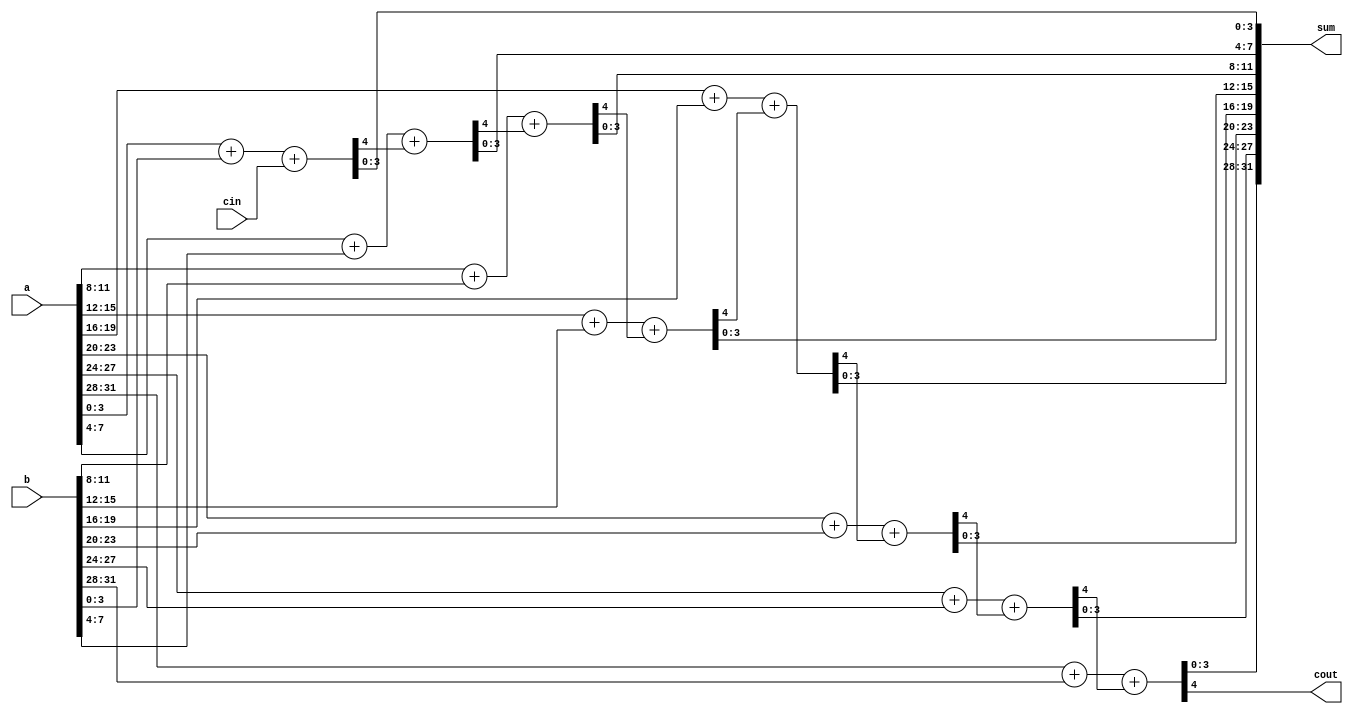
// This program was cloned from: https://github.com/HKUSTGZ-MICS-LYU/FlattenRTL
// License: MIT License

module adder_32bit (
        input [31:0] a,
        input [31:0] b,
        input cin,
        output [31:0] sum,
        output cout) ;
    wire carry ;

    wire [15:0] lower_half__a;
    wire [15:0] lower_half__b;
    wire  lower_half__cin;
    wire [15:0] lower_half__sum;
    wire  lower_half__cout;
    wire [15:0] upper_half__a;
    wire [15:0] upper_half__b;
    wire  upper_half__cin;
    wire [15:0] upper_half__sum;
    wire  upper_half__cout;

    wire  lower_half__carry  ;

    wire [7:0] lower_half__lower_half__a;
    wire [7:0] lower_half__lower_half__b;
    wire  lower_half__lower_half__cin;
    wire [7:0] lower_half__lower_half__sum;
    wire  lower_half__lower_half__cout;
    wire [7:0] lower_half__upper_half__a;
    wire [7:0] lower_half__upper_half__b;
    wire  lower_half__upper_half__cin;
    wire [7:0] lower_half__upper_half__sum;
    wire  lower_half__upper_half__cout;
    wire [7:0] upper_half__lower_half__a;
    wire [7:0] upper_half__lower_half__b;
    wire  upper_half__lower_half__cin;
    wire [7:0] upper_half__lower_half__sum;
    wire  upper_half__lower_half__cout;
    wire [7:0] upper_half__upper_half__a;
    wire [7:0] upper_half__upper_half__b;
    wire  upper_half__upper_half__cin;
    wire [7:0] upper_half__upper_half__sum;
    wire  upper_half__upper_half__cout;

    wire  lower_half__lower_half__carry  ;

    wire [3:0] lower_half__lower_half__lower_half__a;
    wire [3:0] lower_half__lower_half__lower_half__b;
    wire  lower_half__lower_half__lower_half__cin;
    wire [3:0] lower_half__lower_half__lower_half__sum;
    wire  lower_half__lower_half__lower_half__cout;
    wire [3:0] lower_half__lower_half__upper_half__a;
    wire [3:0] lower_half__lower_half__upper_half__b;
    wire  lower_half__lower_half__upper_half__cin;
    wire [3:0] lower_half__lower_half__upper_half__sum;
    wire  lower_half__lower_half__upper_half__cout;
    wire [3:0] lower_half__upper_half__lower_half__a;
    wire [3:0] lower_half__upper_half__lower_half__b;
    wire  lower_half__upper_half__lower_half__cin;
    wire [3:0] lower_half__upper_half__lower_half__sum;
    wire  lower_half__upper_half__lower_half__cout;
    wire [3:0] lower_half__upper_half__upper_half__a;
    wire [3:0] lower_half__upper_half__upper_half__b;
    wire  lower_half__upper_half__upper_half__cin;
    wire [3:0] lower_half__upper_half__upper_half__sum;
    wire  lower_half__upper_half__upper_half__cout;
    wire [3:0] upper_half__lower_half__lower_half__a;
    wire [3:0] upper_half__lower_half__lower_half__b;
    wire  upper_half__lower_half__lower_half__cin;
    wire [3:0] upper_half__lower_half__lower_half__sum;
    wire  upper_half__lower_half__lower_half__cout;
    wire [3:0] upper_half__lower_half__upper_half__a;
    wire [3:0] upper_half__lower_half__upper_half__b;
    wire  upper_half__lower_half__upper_half__cin;
    wire [3:0] upper_half__lower_half__upper_half__sum;
    wire  upper_half__lower_half__upper_half__cout;
    wire [3:0] upper_half__upper_half__lower_half__a;
    wire [3:0] upper_half__upper_half__lower_half__b;
    wire  upper_half__upper_half__lower_half__cin;
    wire [3:0] upper_half__upper_half__lower_half__sum;
    wire  upper_half__upper_half__lower_half__cout;
    wire [3:0] upper_half__upper_half__upper_half__a;
    wire [3:0] upper_half__upper_half__upper_half__b;
    wire  upper_half__upper_half__upper_half__cin;
    wire [3:0] upper_half__upper_half__upper_half__sum;
    wire  upper_half__upper_half__upper_half__cout;

    assign {  lower_half__lower_half__lower_half__cout  ,  lower_half__lower_half__lower_half__sum  }=  lower_half__lower_half__lower_half__a  +  lower_half__lower_half__lower_half__b  +  lower_half__lower_half__lower_half__cin  ;



    assign {  lower_half__lower_half__upper_half__cout  ,  lower_half__lower_half__upper_half__sum  }=  lower_half__lower_half__upper_half__a  +  lower_half__lower_half__upper_half__b  +  lower_half__lower_half__upper_half__cin  ;




    wire  lower_half__upper_half__carry  ;


    assign {  lower_half__upper_half__lower_half__cout  ,  lower_half__upper_half__lower_half__sum  }=  lower_half__upper_half__lower_half__a  +  lower_half__upper_half__lower_half__b  +  lower_half__upper_half__lower_half__cin  ;



    assign {  lower_half__upper_half__upper_half__cout  ,  lower_half__upper_half__upper_half__sum  }=  lower_half__upper_half__upper_half__a  +  lower_half__upper_half__upper_half__b  +  lower_half__upper_half__upper_half__cin  ;





    wire  upper_half__carry  ;


    wire  upper_half__lower_half__carry  ;


    assign {  upper_half__lower_half__lower_half__cout  ,  upper_half__lower_half__lower_half__sum  }=  upper_half__lower_half__lower_half__a  +  upper_half__lower_half__lower_half__b  +  upper_half__lower_half__lower_half__cin  ;



    assign {  upper_half__lower_half__upper_half__cout  ,  upper_half__lower_half__upper_half__sum  }=  upper_half__lower_half__upper_half__a  +  upper_half__lower_half__upper_half__b  +  upper_half__lower_half__upper_half__cin  ;




    wire  upper_half__upper_half__carry  ;


    assign {  upper_half__upper_half__lower_half__cout  ,  upper_half__upper_half__lower_half__sum  }=  upper_half__upper_half__lower_half__a  +  upper_half__upper_half__lower_half__b  +  upper_half__upper_half__lower_half__cin  ;



    assign {  upper_half__upper_half__upper_half__cout  ,  upper_half__upper_half__upper_half__sum  }=  upper_half__upper_half__upper_half__a  +  upper_half__upper_half__upper_half__b  +  upper_half__upper_half__upper_half__cin  ;
    assign lower_half__lower_half__lower_half__a = lower_half__lower_half__a[3:0];
    assign lower_half__lower_half__lower_half__b = lower_half__lower_half__b[3:0];
    assign lower_half__lower_half__lower_half__cin = lower_half__lower_half__cin;
    assign lower_half__lower_half__sum[3:0] = lower_half__lower_half__lower_half__sum;
    assign lower_half__lower_half__carry = lower_half__lower_half__lower_half__cout;
    assign lower_half__lower_half__upper_half__a = lower_half__lower_half__a[7:4];
    assign lower_half__lower_half__upper_half__b = lower_half__lower_half__b[7:4];
    assign lower_half__lower_half__upper_half__cin = lower_half__lower_half__carry;
    assign lower_half__lower_half__sum[7:4] = lower_half__lower_half__upper_half__sum;
    assign lower_half__lower_half__cout = lower_half__lower_half__upper_half__cout;
    assign lower_half__upper_half__lower_half__a = lower_half__upper_half__a[3:0];
    assign lower_half__upper_half__lower_half__b = lower_half__upper_half__b[3:0];
    assign lower_half__upper_half__lower_half__cin = lower_half__upper_half__cin;
    assign lower_half__upper_half__sum[3:0] = lower_half__upper_half__lower_half__sum;
    assign lower_half__upper_half__carry = lower_half__upper_half__lower_half__cout;
    assign lower_half__upper_half__upper_half__a = lower_half__upper_half__a[7:4];
    assign lower_half__upper_half__upper_half__b = lower_half__upper_half__b[7:4];
    assign lower_half__upper_half__upper_half__cin = lower_half__upper_half__carry;
    assign lower_half__upper_half__sum[7:4] = lower_half__upper_half__upper_half__sum;
    assign lower_half__upper_half__cout = lower_half__upper_half__upper_half__cout;
    assign upper_half__lower_half__lower_half__a = upper_half__lower_half__a[3:0];
    assign upper_half__lower_half__lower_half__b = upper_half__lower_half__b[3:0];
    assign upper_half__lower_half__lower_half__cin = upper_half__lower_half__cin;
    assign upper_half__lower_half__sum[3:0] = upper_half__lower_half__lower_half__sum;
    assign upper_half__lower_half__carry = upper_half__lower_half__lower_half__cout;
    assign upper_half__lower_half__upper_half__a = upper_half__lower_half__a[7:4];
    assign upper_half__lower_half__upper_half__b = upper_half__lower_half__b[7:4];
    assign upper_half__lower_half__upper_half__cin = upper_half__lower_half__carry;
    assign upper_half__lower_half__sum[7:4] = upper_half__lower_half__upper_half__sum;
    assign upper_half__lower_half__cout = upper_half__lower_half__upper_half__cout;
    assign upper_half__upper_half__lower_half__a = upper_half__upper_half__a[3:0];
    assign upper_half__upper_half__lower_half__b = upper_half__upper_half__b[3:0];
    assign upper_half__upper_half__lower_half__cin = upper_half__upper_half__cin;
    assign upper_half__upper_half__sum[3:0] = upper_half__upper_half__lower_half__sum;
    assign upper_half__upper_half__carry = upper_half__upper_half__lower_half__cout;
    assign upper_half__upper_half__upper_half__a = upper_half__upper_half__a[7:4];
    assign upper_half__upper_half__upper_half__b = upper_half__upper_half__b[7:4];
    assign upper_half__upper_half__upper_half__cin = upper_half__upper_half__carry;
    assign upper_half__upper_half__sum[7:4] = upper_half__upper_half__upper_half__sum;
    assign upper_half__upper_half__cout = upper_half__upper_half__upper_half__cout;

    assign lower_half__lower_half__a = lower_half__a[7:0];
    assign lower_half__lower_half__b = lower_half__b[7:0];
    assign lower_half__lower_half__cin = lower_half__cin;
    assign lower_half__sum[7:0] = lower_half__lower_half__sum;
    assign lower_half__carry = lower_half__lower_half__cout;
    assign lower_half__upper_half__a = lower_half__a[15:8];
    assign lower_half__upper_half__b = lower_half__b[15:8];
    assign lower_half__upper_half__cin = lower_half__carry;
    assign lower_half__sum[15:8] = lower_half__upper_half__sum;
    assign lower_half__cout = lower_half__upper_half__cout;
    assign upper_half__lower_half__a = upper_half__a[7:0];
    assign upper_half__lower_half__b = upper_half__b[7:0];
    assign upper_half__lower_half__cin = upper_half__cin;
    assign upper_half__sum[7:0] = upper_half__lower_half__sum;
    assign upper_half__carry = upper_half__lower_half__cout;
    assign upper_half__upper_half__a = upper_half__a[15:8];
    assign upper_half__upper_half__b = upper_half__b[15:8];
    assign upper_half__upper_half__cin = upper_half__carry;
    assign upper_half__sum[15:8] = upper_half__upper_half__sum;
    assign upper_half__cout = upper_half__upper_half__cout;

    assign lower_half__a = a[15:0];
    assign lower_half__b = b[15:0];
    assign lower_half__cin = cin;
    assign sum[15:0] = lower_half__sum;
    assign carry = lower_half__cout;
    assign upper_half__a = a[31:16];
    assign upper_half__b = b[31:16];
    assign upper_half__cin = carry;
    assign sum[31:16] = upper_half__sum;
    assign cout = upper_half__cout;

endmodule